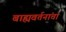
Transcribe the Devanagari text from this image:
बाह्यवर्तनांचा